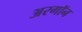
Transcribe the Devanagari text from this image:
अरगॉन